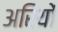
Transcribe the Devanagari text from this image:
अरियों